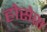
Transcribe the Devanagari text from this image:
होसेस